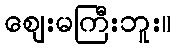
ဈေးမကြီးဘူး။